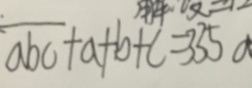
\overline { a b c } + a + b + c = 3 3 5 a